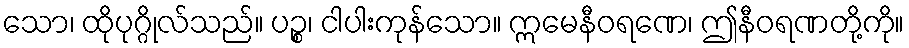
သော၊ ထိုပုဂ္ဂိုလ်သည်။ ပဉ္စ၊ ငါပါးကုန်သော။ ဣမေနီဝရဏေ၊ ဤနီဝရဏတို့ကို။